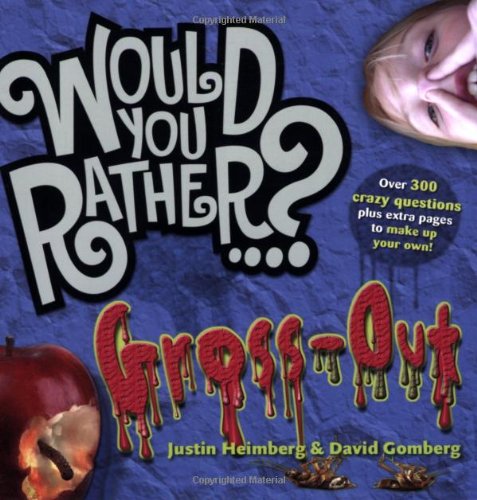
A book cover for Would You Rather...?: Gross Out: Over 300 Crazy Questions plus extra pages to make up your own!; Justin Heimberg; Humor & Entertainment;